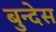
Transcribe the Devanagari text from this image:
बुन्देस